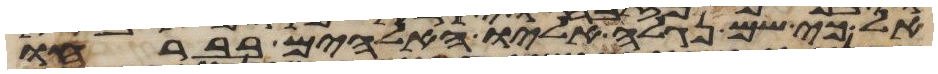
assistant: אל כי שם נגלה אליו האלהים בברחו